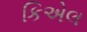
કિએલ